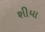
શીયા